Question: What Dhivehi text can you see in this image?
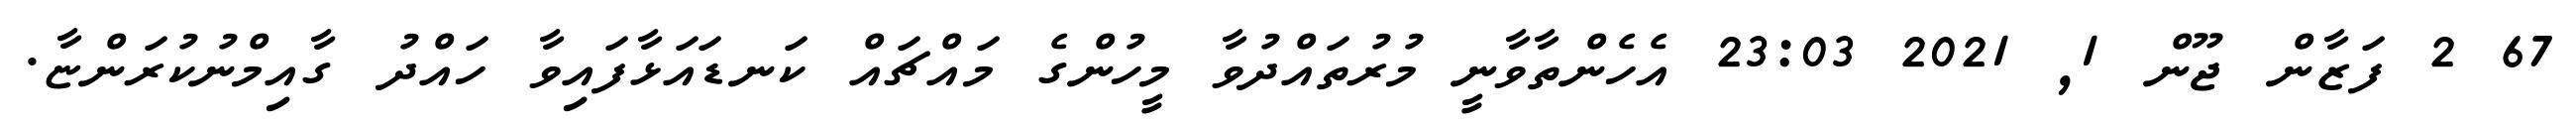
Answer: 67 2 ފަޒާން ޖޫން 1, 2021 23:03 އެހެންތާވާނީ މުރުތައްދުވާ މީހުންގެ މައްޗައް ކަނޑައަޅާފައިވާ ހައްދު ގާއިމްނުކުރަންޏާ.